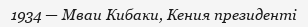
1934 — Мваи Кибаки, Кения президенті